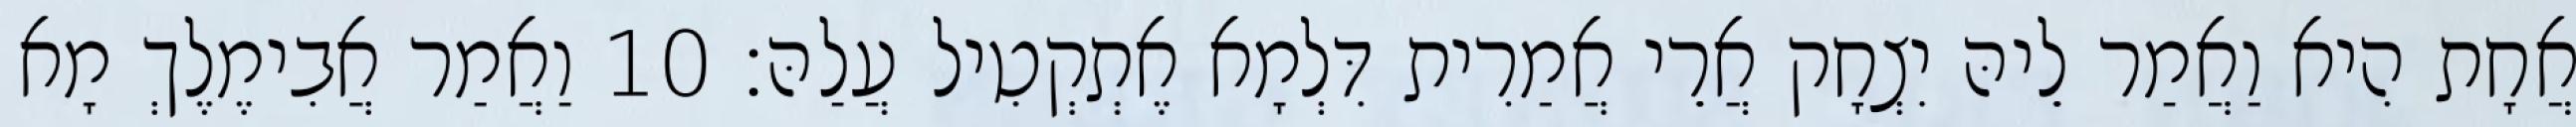
אֲחָת הִיא וַאֲמַר לֵיהּ יִצְחָק אֲרֵי אֲמַרִית דִּלְמָא אֶתְקְטִיל עֲלַהּ׃ 10 וַאֲמַר אֲבִימֶלֶךְ מָא